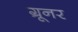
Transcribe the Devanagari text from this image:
ग्रूनर